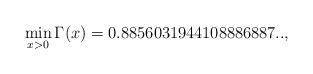
LaTeX: \begin{align*}\min_{x>0} \Gamma(x) = 0.8856031944108886887..,\end{align*}